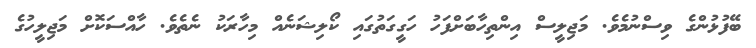
ބޭފުޅުންގެ ވިސްނުމެވެ. މަޖިލީސް އިންތިހާބަށްފަހު ހަގީގަތުގައި ކޯލިޝަނެއް މިހާރަކު ނެތެވެ. ހާއްސަކޮށް މަޖިލީހުގެ